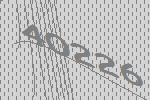
40226